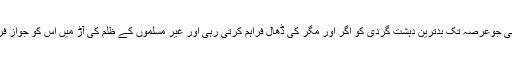
یہی وہ سوچ تھی جوعرصہ تک بدترین دہشت گردی کو اگر اور مگر کی ڈھال فراہم کرتی رہی اور غیر مسلموں کے ظلم کی آڑ میں اس کو جواز فراہم کرتی رہی۔